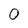
Character: 0